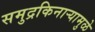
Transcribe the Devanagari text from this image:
समुद्रकिनाऱ्यामुळे